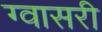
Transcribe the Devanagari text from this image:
ग्वासरी